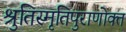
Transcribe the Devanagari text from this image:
श्रुतिस्मृतिपुराणोक्त